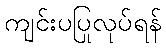
ကျင်းပပြုလုပ်ရန်